Annual report on the health of the army in India
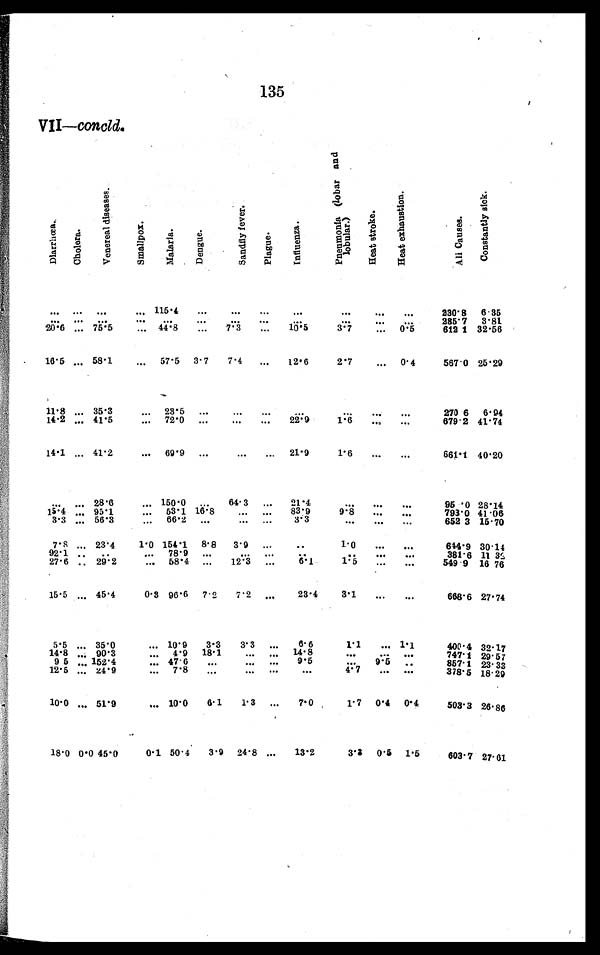
135
VII—concld.
D i a r r h œ a .
Chol er a.
V e n e r e a l d i s e a s e s .
S m a l l p o x .
M a l a r i a .
Dengue.
S a n d f l y f e v e r .
P l a g u e .
I n f l u e n z a .
P n e u m o n i a ( l o b a r a n d l o b u l a r . )
H e a t s t r o k e .
H e a t e x h a u s t i o n .
A l i C a u s e s .
Constantl y si ck.
. . .
. . .
. . .
. . .
115.4
. . .
. . .
. . .
. . .
. . .
. . .
. . .
230.8
6.35
3.81
2 8 5 . 7
. . .
. . . . . .
. . .
. . .
. . . . . .
. . .
. . . . . .
. . .
. . .
7 . 3
. . .
10.5
3.7
. . . 0.5
612.1 32.56
2 0 . 6 . . . 75.5
4 4 . 8
. . .
. . .
16.5 . . .
5 8 . 1
. . . 57.5
3.7
7.4
. . .
12.6
2 . 7
. . .
0 . 4
567.0 25.29
11.8 . . . 35.3
. . . 23.5
. . .
. . .
. . .
. . .
. . .
. . .
. . .
270.6
6.94
679.2 41.74
22.9
1 . 6
14.2 . . . 41.5
. . . 72.0
. . .
. . .
. . .
. . .
. . .
1 4 . 1 . . . 41.2
. . . 69.9
. . .
. . .
. . .
21.9
1 . 6
. . .
. . .
661.1 40.20
. . .. . .
28.6
. . .
150.0 . . .
64.3
. . .
21.4
. . .
. . .
. . .
95.0 28.14
1 5 . 4 . . .
. . . 53.1 16.8
. . .
. . .
83.9
9.8
. . .
. . .
7 9 3 . 0
4 1 . 0 6
95.1
652.3 15.70
3 . 3
. . . 56.3
. . . 66.2
. . .
. . .
. . .3.3
. . .
. . .
. . .
30.14
1 . 0
6 4 4 . 9
7 . 8 . . . 23.4
1 . 0 154.1 8.8
3.9
. . . . . .
. . .
. . .
3 8 1 . 6
1 1 . 3 2
9 2 . 1
. .
. .
. . . 78.9
. . .
. . .
. . . . . .
. . .
. . .
. . .
549.9
6 . 1
1 . 5
16.76
12.3
. . .
. . .
. . .
2 7 . 6
. . 29.2
. . .
58.4
. . .
1 5 . 5
. . . 45.4
0.3 96.6
7 . 2
7 . 2
. . .
23.4
3.1
. . .
. . .
668.6 27.74
5.5
. . . 35.0
. . . 10.9
3.3
3.3
. . .
6.6
1 . 1
. . .
1 . 1
400.4 32.17
1 8 . 1
. . .
. . .
1 4 . 8
. . .
. . .
. . .
7 4 7 . 1
2 9 . 5 7
1 4 . 8 . . .
9 0 . 3
. . .
4 . 9
. . .
. . .
. . .
9 . 5
. . .
9 . 5
. . .
8 5 7 . 1
2 3 . 3 3
4 7 . 6
9 . 5
. . .
1 5 2 . 4
. . .
. . .
. . .
. . .
. . .
4 . 7
. . .
. . .
378.5 18.29
7 . 8
12.5
. . .
2 4 . 9
. . .
10.0
. . . 51.9
. . . 10.0
6.1
1.3
. . .
7 . 0
1 . 7
0 . 4 0.4
503.3 26.86
18.0
0 . 0 45.0
0 . 1 50.4
3.9
24.8
. . .
1 3 . 2
3 . 3
0 . 5
1 . 5
603.7 27.61